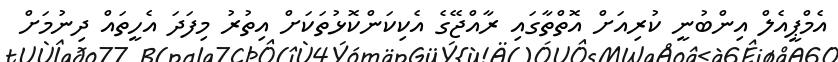
އެމްޕީއެލް އިންބުނީ ކުރިއަށް އޮތްތާގައި ރާއްޖޭގެ އެކިކަންކޮޅުތަކަށް އިތުރު މިފަދަ އެހީތައް ދިނުމަށް